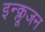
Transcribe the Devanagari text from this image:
इन्क्लूजन